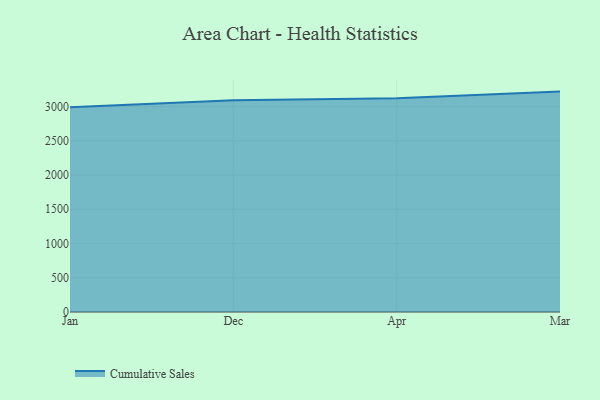
{"axis": {"x": "Month", "y": "Net Income (USD K)"}, "legend": ["Cumulative Sales"], "data": [{"x": "Jan", "y": 2990.1, "type": "Cumulative Sales"}, {"x": "Dec", "y": 3092.2, "type": "Cumulative Sales"}, {"x": "Apr", "y": 3122.0, "type": "Cumulative Sales"}, {"x": "Mar", "y": 3218.1, "type": "Cumulative Sales"}]}